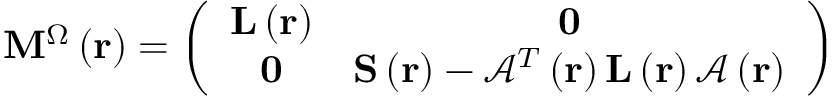
\mathbf { M } ^ { \Omega } \left( \mathbf { r } \right) = \left( \begin{array} { c c } { \mathbf { L } \left( \mathbf { r } \right) } & { \mathbf { 0 } } \\ { \mathbf { 0 } } & { \mathbf { S } \left( \mathbf { r } \right) - \mathcal { A } ^ { T } \left( \mathbf { r } \right) \mathbf { L } \left( \mathbf { r } \right) \mathcal { A } \left( \mathbf { r } \right) } \end{array} \right)